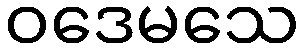
ဝဒေမသေ